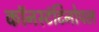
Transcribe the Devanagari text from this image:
कॉनस्टंटिनोपल